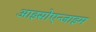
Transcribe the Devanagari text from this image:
आइसोएन्जाइम